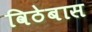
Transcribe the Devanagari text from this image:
विठेबास